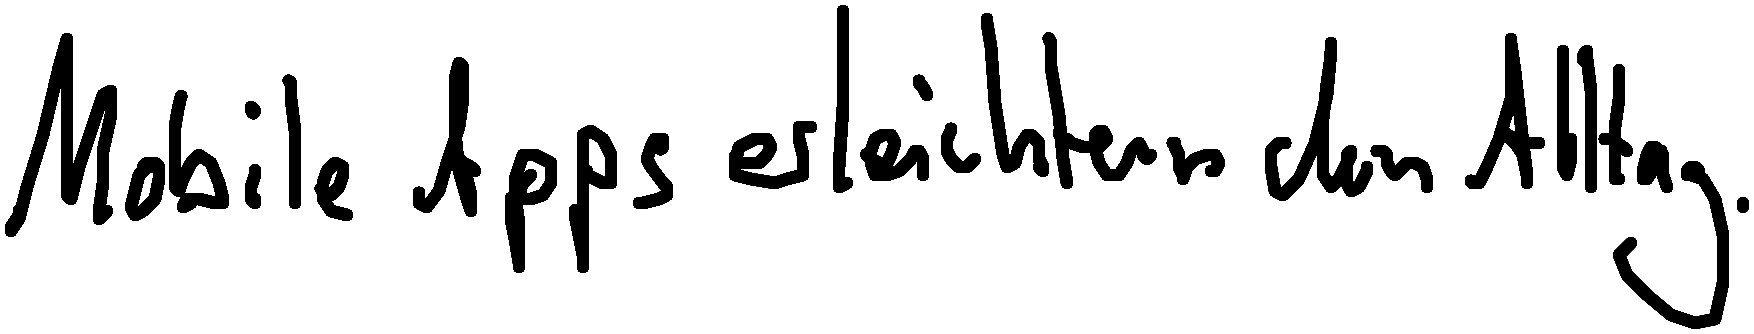
Mobile Apps erleichtern den Alltag.